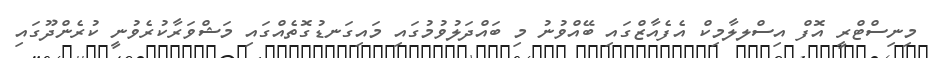
މިނިސްޓްރީ އޮފް އިސްލލާމިކް އެފެއާޒްގައި ބޭއްވުނު މި ބައްދަލުވުމުގައި މައިގަނޑުގޮތެއްގައި މަޝްވަރާކުރެވުނީ ކުރެންދޫގައި